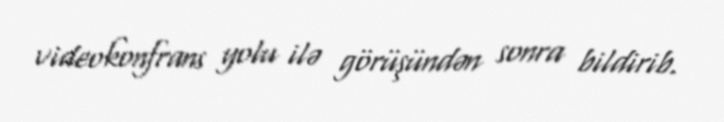
videokonfrans yolu ilə görüşündən sonra bildirib.